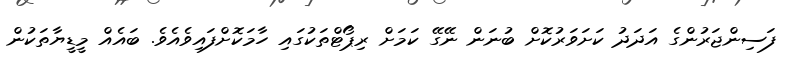
ފަސިންޖަރުންގެ އަދަދު ކަށަވަރުކޮށް ބުނަން ނޭގޭ ކަމަށް ރިޕޯޓްތަކުގައި ހާމަކޮށްފައިވެއެވެ. ބައެއް މީޑީޔާތަކުން